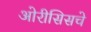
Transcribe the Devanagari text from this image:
ओरीसिसचे